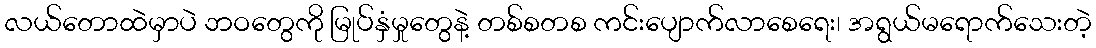
လယ်တောထဲမှာပဲ ဘဝတွေကို မြုပ်နှံမှုတွေနဲ့ တစ်စတစ ကင်းပျောက်လာစေရေး၊ အရွယ်မရောက်သေးတဲ့